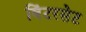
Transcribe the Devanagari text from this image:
विंटरसेट